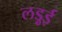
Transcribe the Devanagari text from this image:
लड़ुई